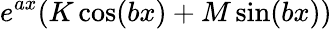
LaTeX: e^{ax}(K\cos(bx)+M\sin(bx))